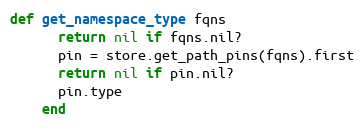
Language: Ruby
def get_namespace_type fqns
      return nil if fqns.nil?
      pin = store.get_path_pins(fqns).first
      return nil if pin.nil?
      pin.type
    end